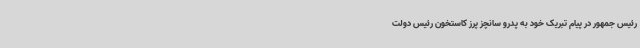
رئیس جمهور در پیام تبریک خود به پدرو سانچز پرز کاستخون رئیس دولت